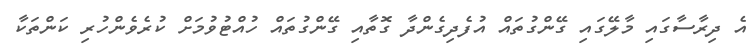
އެ ދިރާސާގައި މާލޭގައި ގޭންގުތައް އުފެދިގެންދާ ގޮތާއި ގޭންގުތައް ހުއްޓުވުމަށް ކުރެވެންހުރި ކަންތަކާ